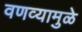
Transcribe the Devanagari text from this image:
वणव्यामुळे